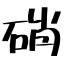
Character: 硝